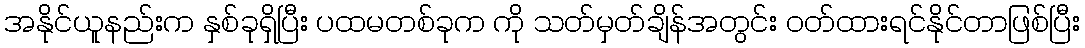
အနိုင်ယူနည်းက နှစ်ခုရှိပြီး ပထမတစ်ခုက ကို သတ်မှတ်ချိန်အတွင်း ဝတ်ထားရင်နိုင်တာဖြစ်ပြီး